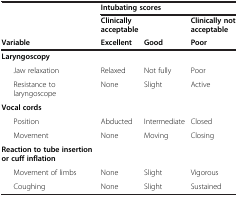
|  | <COLSPAN=3> Intubating scores |
 |  | Clinically acceptable |  | Clinically not acceptable |
 | Variable | Excellent | Good | Poor |
 | --- | --- | --- | --- |
 | Laryngoscopy |  |  |  |
 | Jaw relaxation | Relaxed | Not fully | Poor |
 | Resistance to laryngoscope | None | Slight | Active |
 | Vocal cords |  |  |  |
 | Position | Abducted | Intermediate | Closed |
 | Movement | None | Moving | Closing |
 | Reaction to tube insertion or cuff inflation |  |  |  |
 | Movement of limbs | None | Slight | Vigorous |
 | Coughing | None | Slight | Sustained |